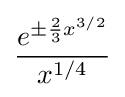
{\frac {e^{\pm {\frac {2}{3}}x^{3/2}}}{x^{1/4}}}